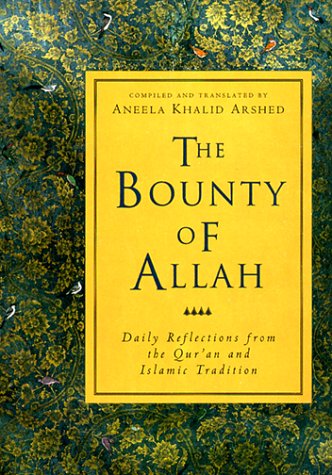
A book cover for The Bounty of Allah (Crossroad Book); Aneela Khalid Arshed; Religion & Spirituality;